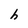
Character: h